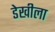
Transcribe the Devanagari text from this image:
डेखीला